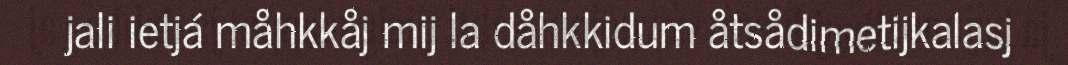
jali ietjá måhkkåj mij la dåhkkidum åtsådimetijkalasj